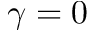
\gamma = 0